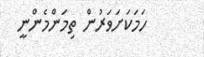
ހަމަކަށަވަރުން ތިމަންމެންނީ